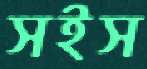
সইস